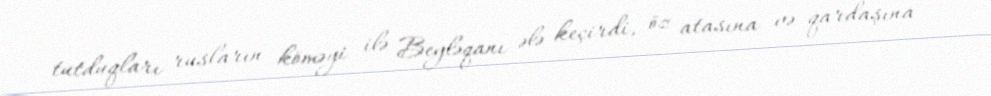
tutduqları rusların köməyi ilə Beyləqanı ələ keçirdi, öz atasına və qardaşına